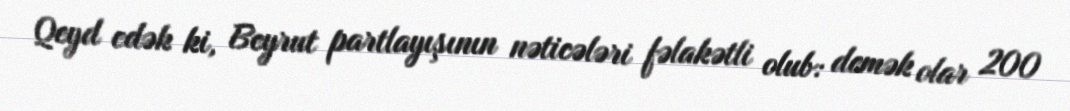
Qeyd edək ki, Beyrut partlayışının nəticələri fəlakətli olub: demək olar 200